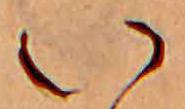
い